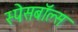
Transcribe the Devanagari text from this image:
स्पेसबॉल्स